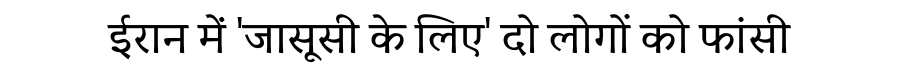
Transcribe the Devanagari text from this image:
ईरान में 'जासूसी के लिए' दो लोगों को फांसी